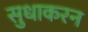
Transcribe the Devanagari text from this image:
सुधाकरन